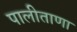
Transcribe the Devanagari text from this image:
पालीताणा